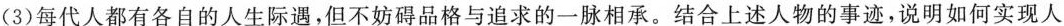
(3)每代人都有各自的人生际遇，但不妨碍品格与追求的一脉相承。结合上述人物的事迹，说明如何实现人